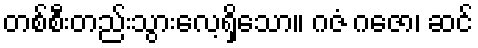
တစ်စီးတည်းသွားလေ့ရှိသော။ ဂဇံ ဂဇော၊ ဆင်